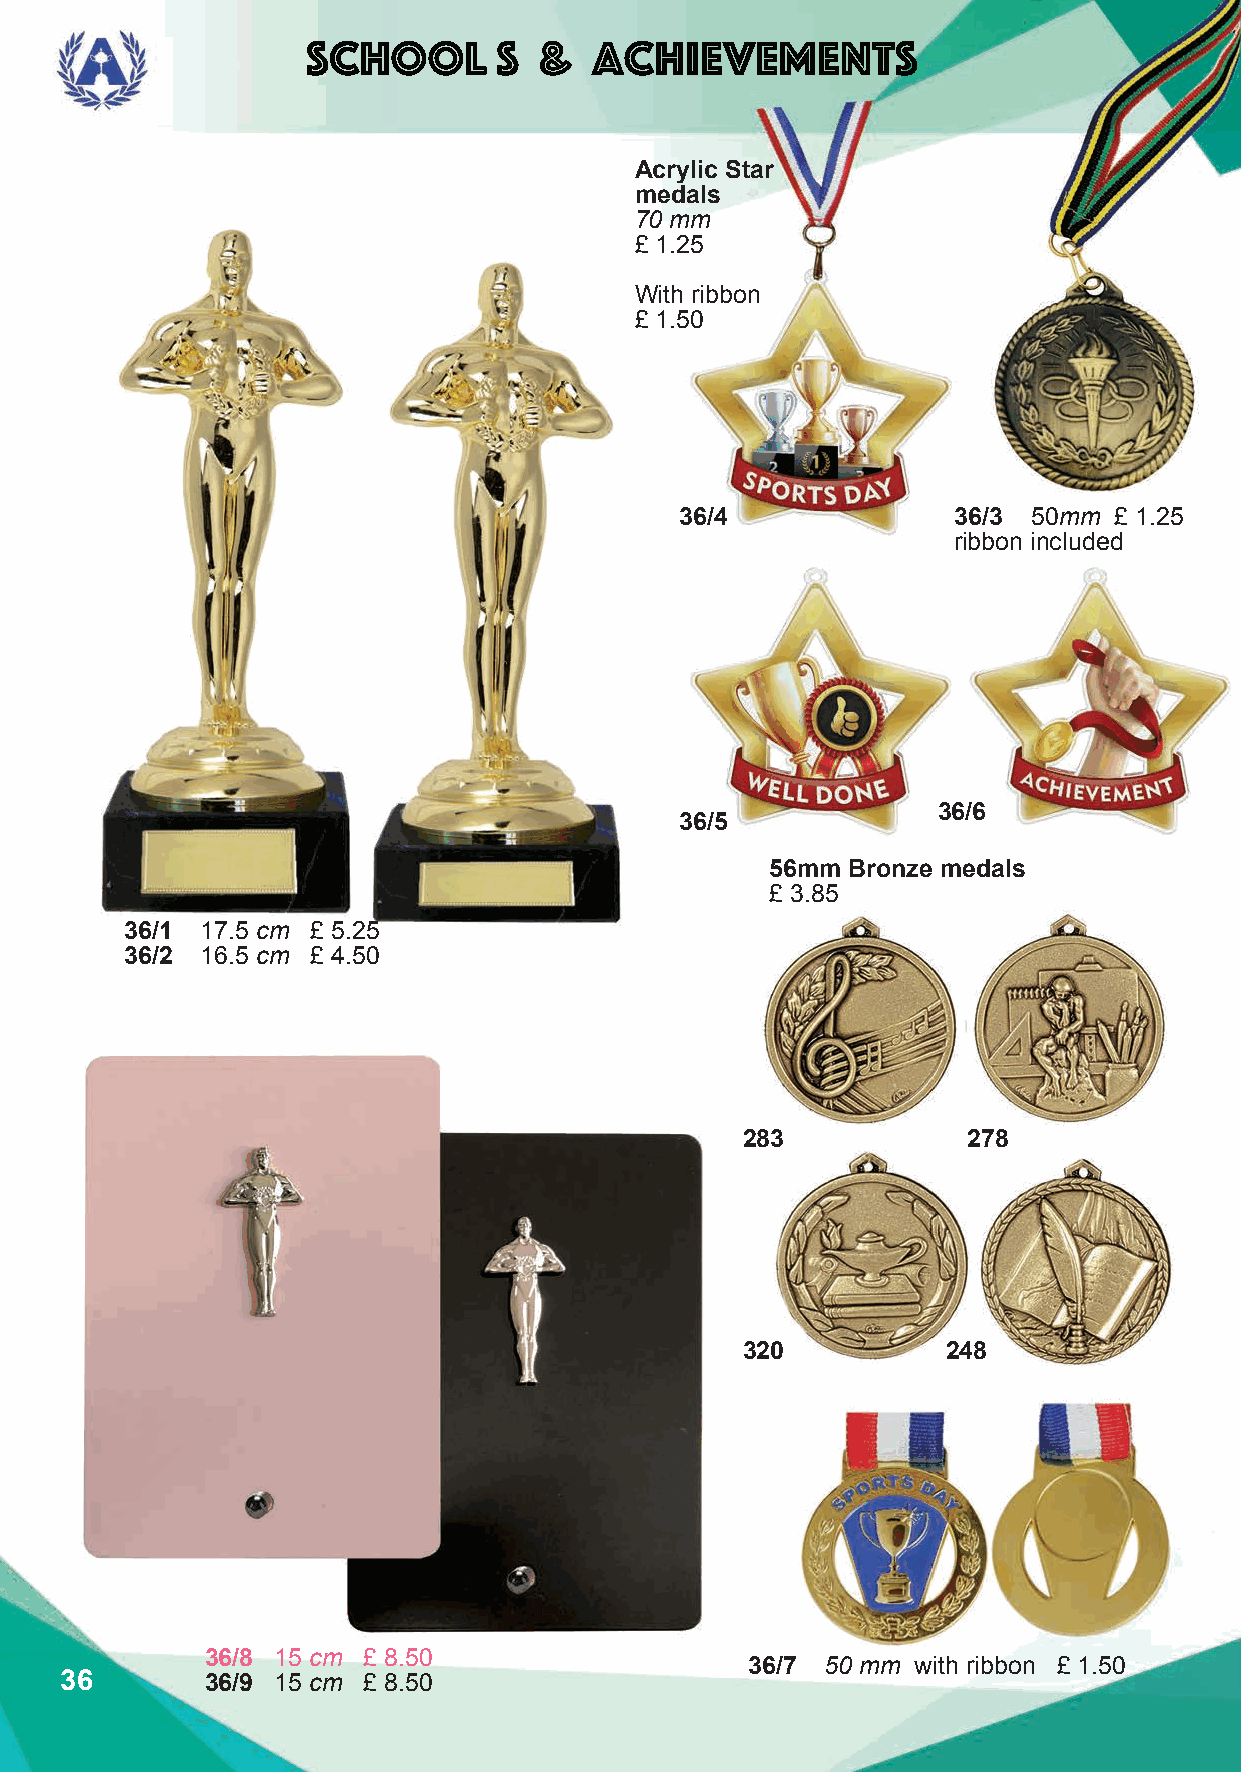
School       s  &  achievements
 Acrylic Star
 medals
 70 mm
 £ 1.25
 With ribbon
 £ 1.50
 36/4              36/3 50mm  £ 1.25
 ribbon included
 36/6
 36/5
 56mm Bronze medals
 £ 3.85
 36/1 17.5 cm £ 5.25
 36/2 16.5 cm £ 4.50
 283            278
 320           248
 36/8 15 cm £ 8.50
 36/7  50 mm with ribbon £ 1.50
 36        36/9 15 cm £ 8.50